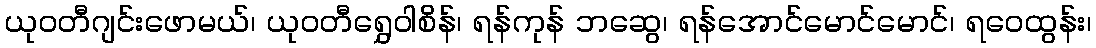
ယုဝတီဂျင်းဖောမယ်၊ ယုဝတီရွှေဝါစိန်၊ ရန်ကုန် ဘဆွေ၊ ရန်အောင်မောင်မောင်၊ ရဝေထွန်း၊